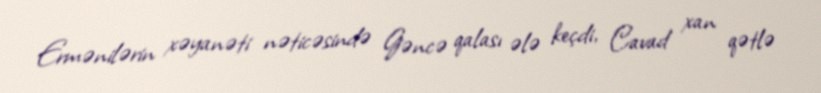
Ermənilərin xəyanəti nəticəsində Gəncə qalası ələ keçdi, Cavad xan qətlə